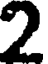
2